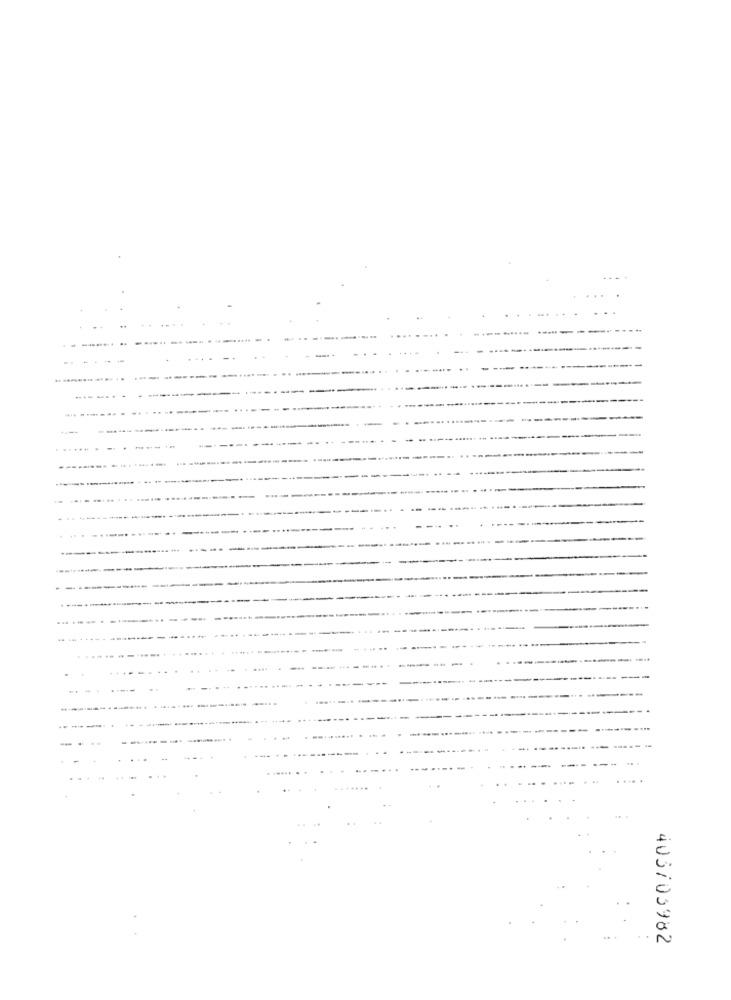
405103982